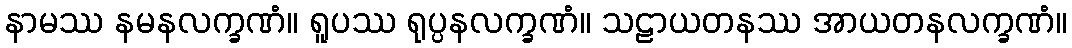
နာမဿ နမနလက္ခဏံ။ ရူပဿ ရုပ္ပနလက္ခဏံ။ သဠာယတနဿ အာယတနလက္ခဏံ။